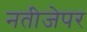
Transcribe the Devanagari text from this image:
नतीजेपर